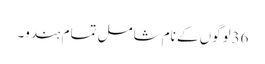
36لوگوں کے نام شامل تمام ہندو۔